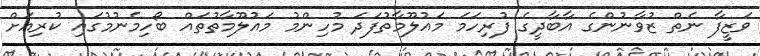
ވަޒީފާ ނެތް ޒުވާނުންގެ އާބާދީގެ ފުރިހަމަ މައުލޫމާތުފަދަ މުހިންމު މައުލޫމާތުތައް ބޯހިމެނުމުގައި ކުރިއަށް